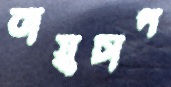
বায়ুচাপ